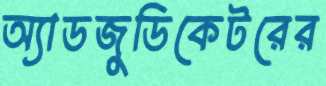
অ্যাডজুডিকেটরের